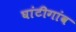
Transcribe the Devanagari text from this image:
घांटीगांव